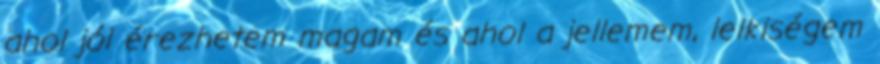
ahol jól érezhetem magam és ahol a jellemem, lelkiségem